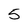
Character: 5